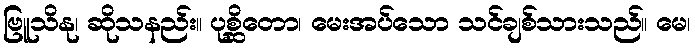
ဗြူသိနု၊ ဆိုသနည်း။ ပုစ္ဆိတော၊ မေးအပ်သော သင်ချစ်သားသည်။ မေ၊